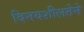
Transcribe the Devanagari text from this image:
विनयशीलतेने